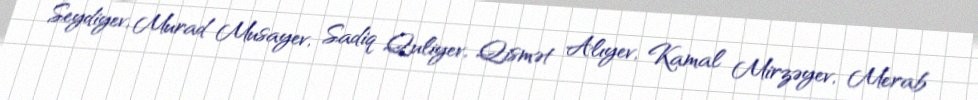
Seydiyev, Murad Musayev, Sadiq Quliyev, Qismət Alıyev, Kamal Mirzəyev, Merab